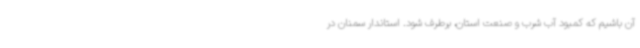
آن باشیم که کمبود آب شرب و صنعت استان، برطرف شود. استاندار سمنان در